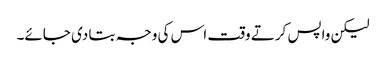
لیکن واپس کرتے وقت اس کی وجہ بتا دی جائے۔